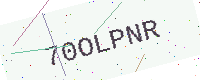
Text: 70OLPNR